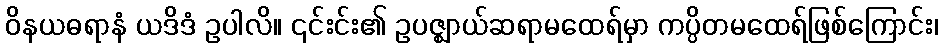
ဝိနယဓရာနံ ယဒိဒံ ဥပါလိ။ ၎င်းင်း၏ ဥပဇ္ဈာယ်ဆရာမထေရ်မှာ ကပ္ပိတမထေရ်ဖြစ်ကြောင်း၊